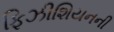
ફિઝીશિયનની